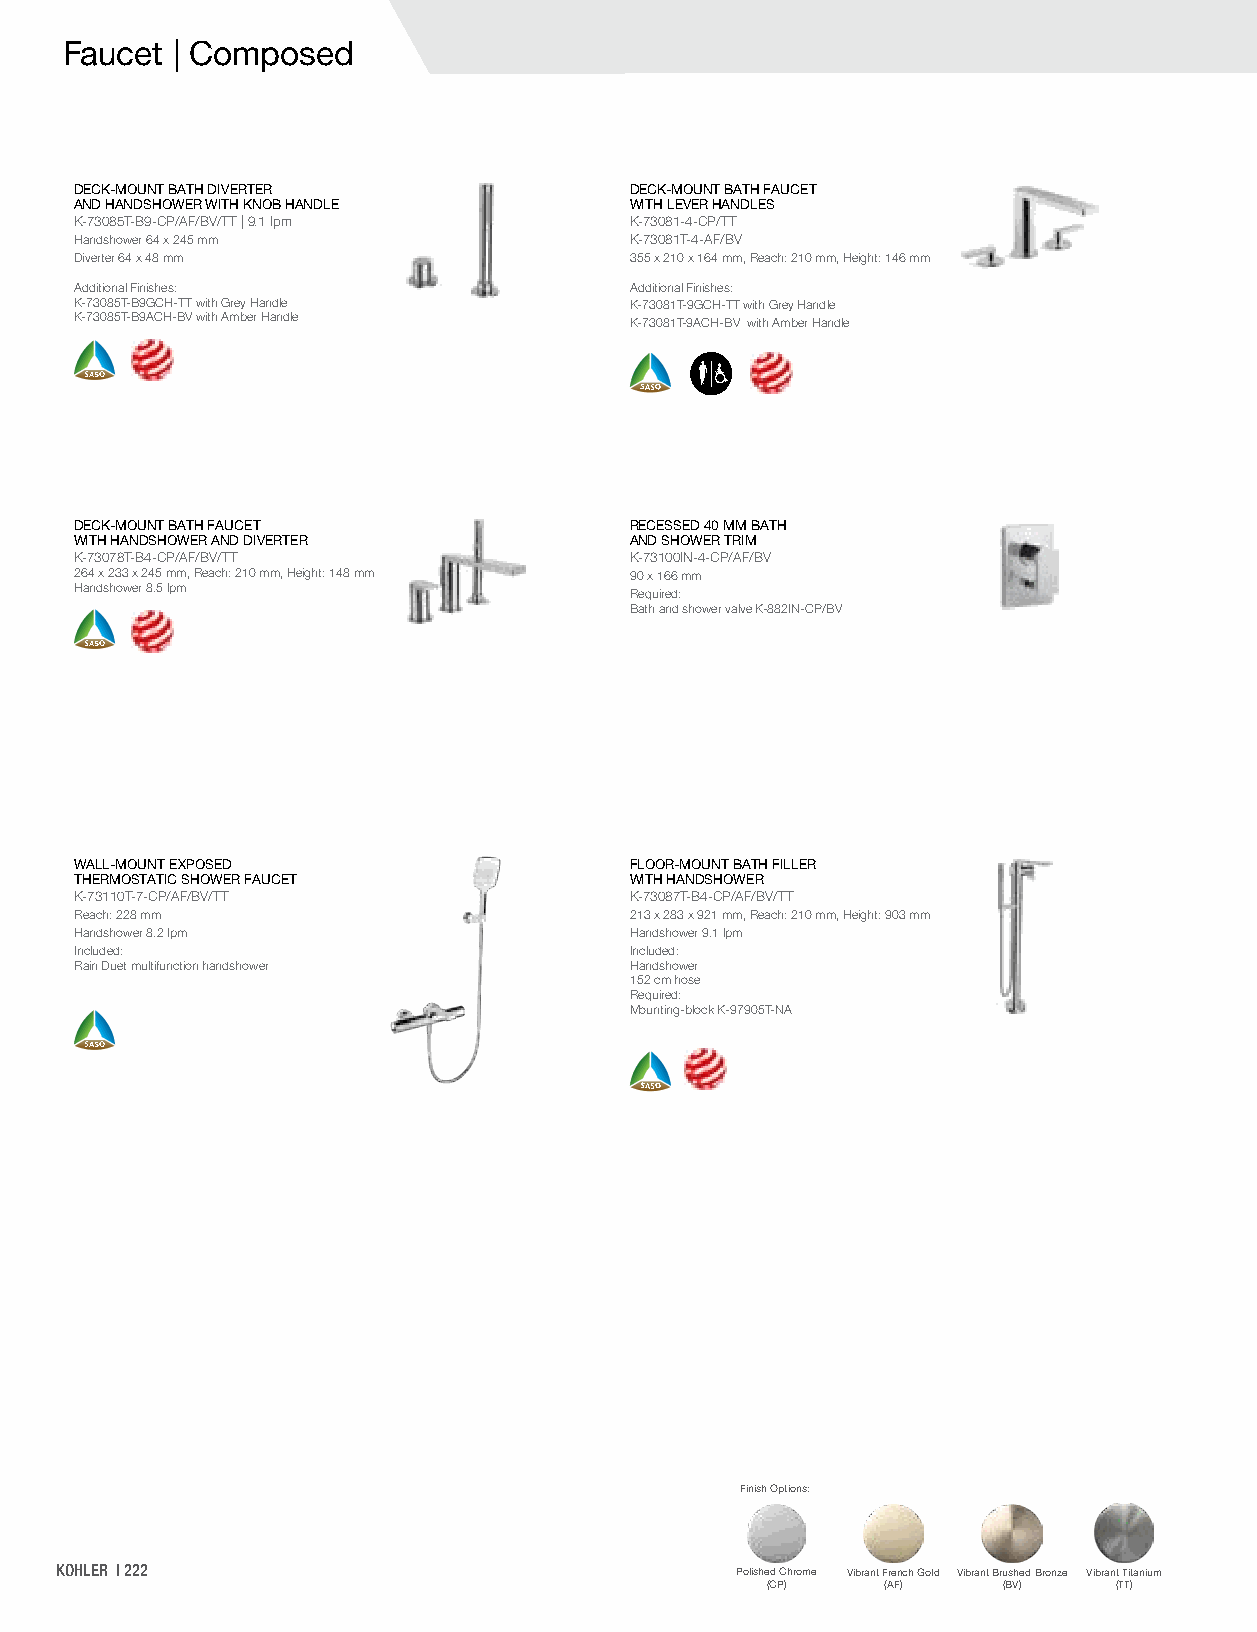
Faucet | Composed
 DECK-MOUNT BATH DIVERTER             DECK-MOUNT BATH FAUCET
 AND HANDSHOWER WITH KNOB HANDLE      WITH LEVER HANDLES
 K-73085T-B9-CP/AF/BV/TT | 9.1 lpm    K-73081-4-CP/TT
 Handshower 64 x 245 mm               K-73081T-4-AF/BV
 Diverter 64 x 48 mm                  355 x 210 x 164 mm, Reach: 210 mm, Height: 146 mm
 Additional Finishes:                 Additional Finishes:
 K-73085T-B9GCH-TT with Grey Handle   K-73081T-9GCH-TT with Grey Handle
 K-73085T-B9ACH-BV with Amber Handle  K-73081T-9ACH-BV with Amber Handle
 DECK-MOUNT BATH FAUCET               RECESSED 40 MM BATH
 WITH HANDSHOWER AND DIVERTER         AND SHOWER TRIM
 K-73078T-B4-CP/AF/BV/TT              K-73100IN-4-CP/AF/BV
 264 x 233 x 245 mm, Reach: 210 mm, Height: 148 mm 90 x 166 mm
 Handshower 8.5 lpm                   Required:
 Bath and shower valve K-882IN-CP/BV
 WALL-MOUNT EXPOSED                   FLOOR-MOUNT BATH FILLER
 THERMOSTATIC SHOWER FAUCET           WITH HANDSHOWER
 K-73110T-7-CP/AF/BV/TT               K-73087T-B4-CP/AF/BV/TT
 Reach: 228 mm                        213 x 283 x 921 mm, Reach: 210 mm, Height: 903 mm
 Handshower 8.2 lpm                   Handshower 9.1 lpm
 Included:                            Included:
 Rain Duet multifunction handshower   Handshower
 152 cm hose
 Required:
 Mounting-block K-97905T-NA
 Finish Options:
 KOHLER | 222                                 Polished Chrome Vibrant French Gold Vibrant Brushed Bronze Vibrant Titanium
 (CP)    (AF)   (BV)    (TT)